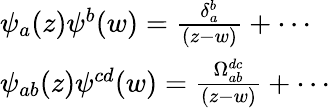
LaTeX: \begin{array}{l}{{\psi_{a}(z)\psi^{b}(w)=\frac{\delta_{a}^{b}}{(z-w)}+\cdots}}\\ {{\psi_{ab}(z)\psi^{cd}(w)=\frac{\Omega_{ab}^{dc}}{(z-w)}+\cdots}}\end{array}